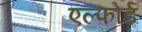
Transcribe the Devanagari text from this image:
एल्फोर्ड